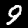
Label: 9